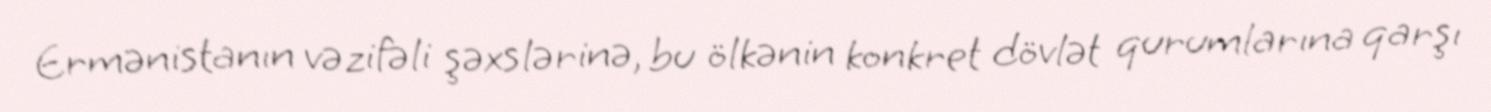
Ermənistanın vəzifəli şəxslərinə, bu ölkənin konkret dövlət qurumlarına qarşı